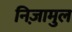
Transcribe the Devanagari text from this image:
निज़ामुल